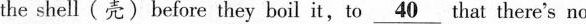
the shell (壳)before they boil it,to \underline{40} that there's no